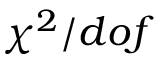
\chi ^ { 2 } / d o f